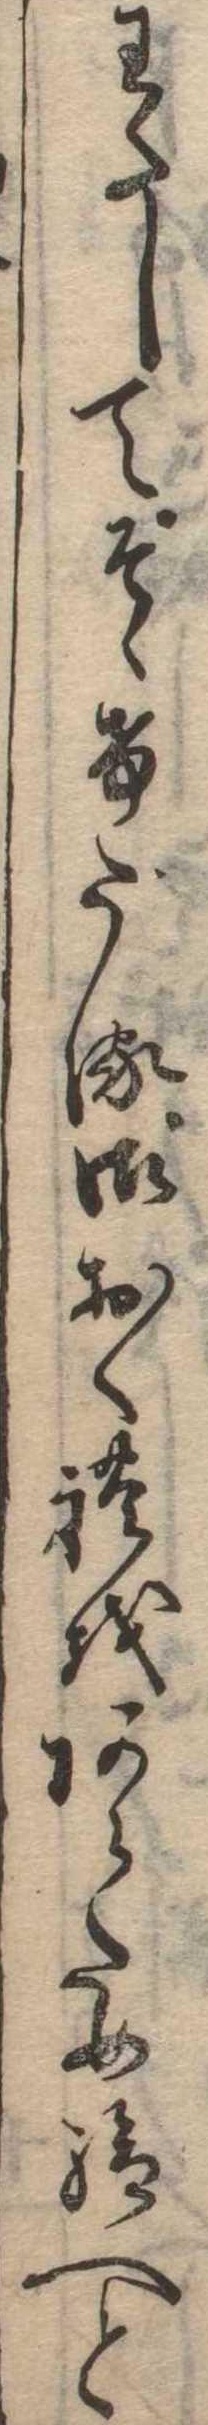
わたしてそゝけたる御おくれをあらため給へと